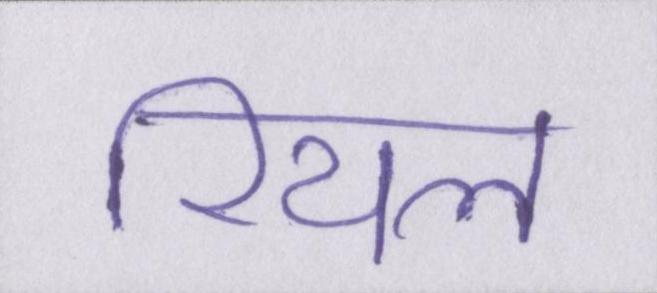
रियल